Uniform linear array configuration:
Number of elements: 4
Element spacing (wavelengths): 1
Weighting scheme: cosine
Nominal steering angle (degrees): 30
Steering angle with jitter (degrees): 29.602
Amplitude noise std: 0.05
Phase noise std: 0.05

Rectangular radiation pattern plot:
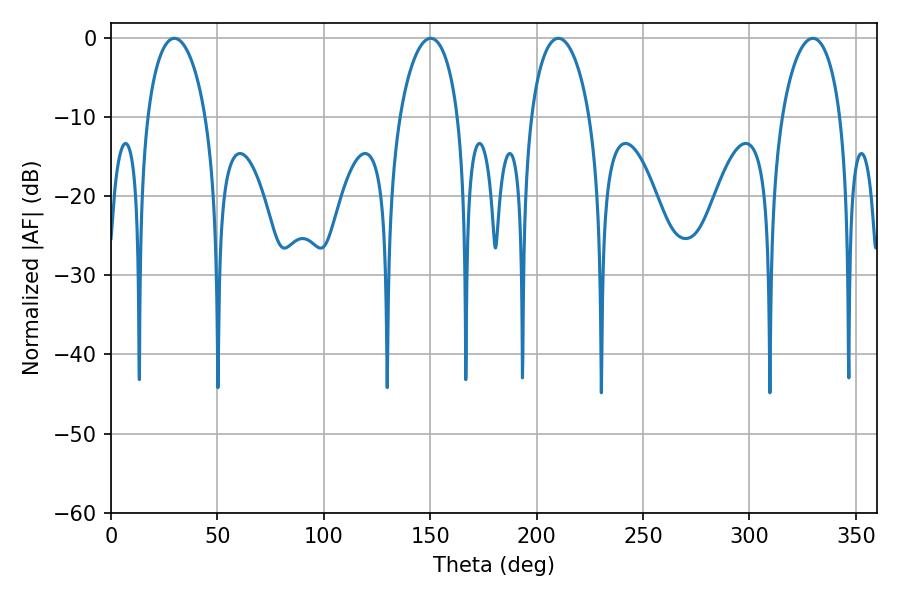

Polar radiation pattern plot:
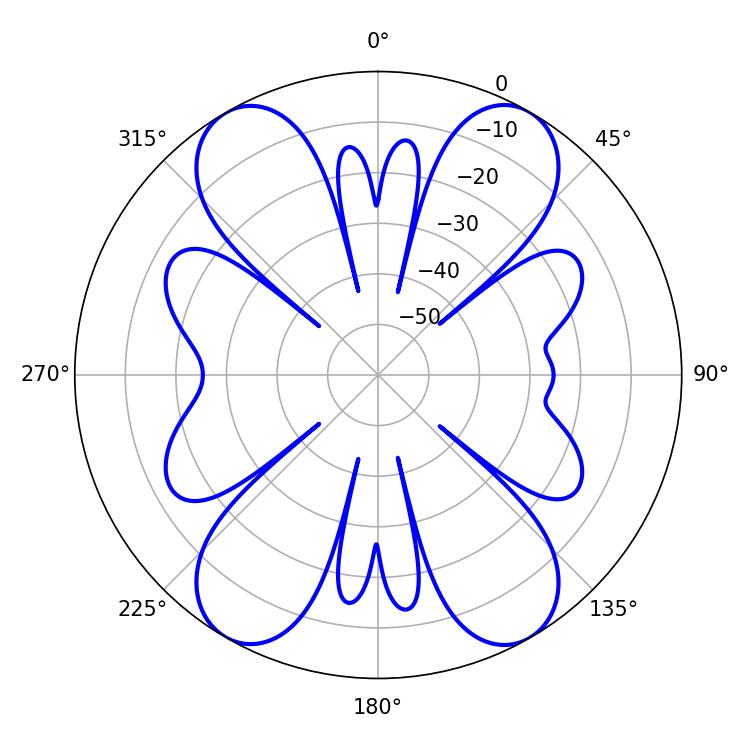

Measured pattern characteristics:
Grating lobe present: TRUE
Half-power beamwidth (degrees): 15.66
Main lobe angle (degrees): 210.24